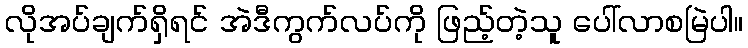
လိုအပ်ချက်ရှိရင် အဲဒီကွက်လပ်ကို ဖြည့်တဲ့သူ ပေါ်လာစမြဲပါ။